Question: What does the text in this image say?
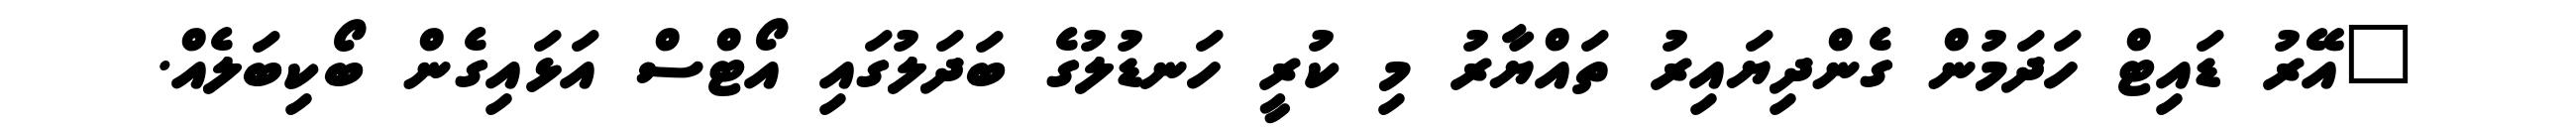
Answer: "އޭރު ޑައިޓް ހަދަމުން ގެންދިޔައިރު ތައްޔާރު މި ކުރީ ހަނޑުލުގެ ބަދަލުގައި އޯޓްސް އަޅައިގެން ބޯކިބަލެއް.